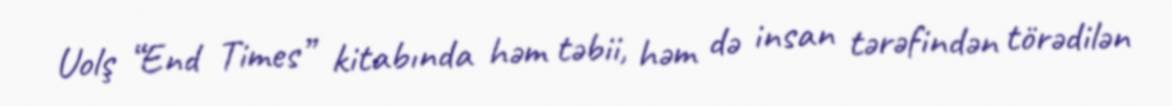
Uolş “End Times” kitabında həm təbii, həm də insan tərəfindən törədilən